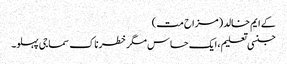
کے ایم خالد(مزاح مت)
جنسی تعلیم ، ایک حساس مگر خطرناک سماجی پہلو۔